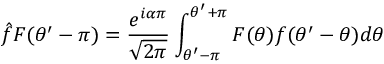
\hat { f } F ( \theta ^ { \prime } - \pi ) = \displaystyle \frac { e ^ { i \alpha \pi } } { \sqrt { 2 \pi } } \int _ { \theta ^ { \prime } - \pi } ^ { \theta ^ { \prime } + \pi } F ( \theta ) f ( \theta ^ { \prime } - \theta ) d \theta